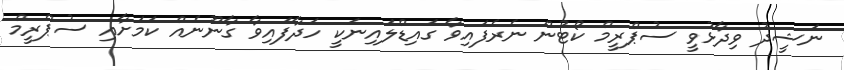
ނަޝީދު ވިދާޅުވީ ސުޕްރީމް ކޯޓުން ނެރެފައިވާ ގައިޑްލައިނަކީ ހަދާފައިވާ ގާނޫނެއް ކަމަށާއި ސުޕްރީމް